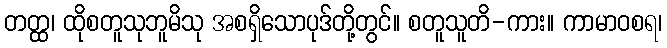
တတ္ထ၊ ထိုစတူသုဘူမိသု အစရှိသောပုဒ်တို့တွင်။ စတူသူတိ-ကား။ ကာမာဝစရ၊